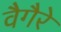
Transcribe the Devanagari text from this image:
वैगैरे